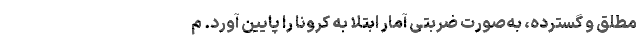
مطلق و گسترده، به‌صورت ضربتی آمار ابتلا به کرونا را پایین آورد. م